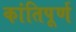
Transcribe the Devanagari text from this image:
कांतिपूर्ण